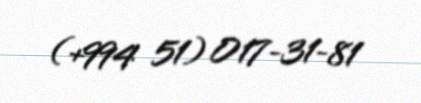
(+994 51) 017-31-81